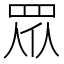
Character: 眾